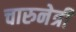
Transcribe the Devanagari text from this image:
चारुनेत्री